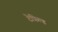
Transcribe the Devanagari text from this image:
टेफिल्ड